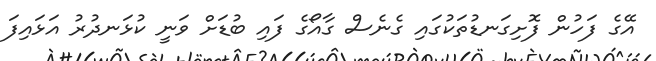
އޭގެ ފަހުން ފޮށިގަނޑުތަކުގައި ގެނެސް ގާއޯގެ ފައި ބުޑަށް ވަނީ ކުޅަނދުރު އަޅައިފަ